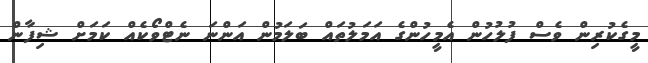
މީގެކުރިން ވެސް ފުލުހުން އެމީހުންގެ އަމަލުތައް ބަލަމުން އަންނަ ނެޓްވޯކެއް ކަމަށް ޝިފާން